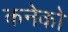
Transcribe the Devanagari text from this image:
कनेको